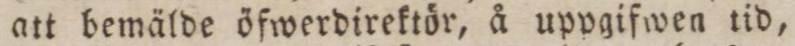
att bemälde öfwerdirektör, å uppgifwen tid,